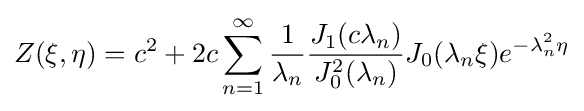
Z(\xi ,\eta )=c^{2}+2c\sum _{n=1}^{\infty }{\frac {1}{\lambda _{n}}}{\frac {J_{1}(c\lambda _{n})}{J_{0}^{2}(\lambda _{n})}}J_{0}(\lambda _{n}\xi )e^{-\lambda _{n}^{2}\eta }